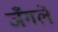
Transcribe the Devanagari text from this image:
जँगले